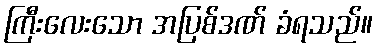
ကြီးလေးသော အပြစ်ဒဏ် ခံရသည်။